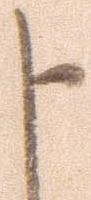
申